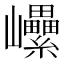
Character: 𡿔